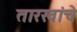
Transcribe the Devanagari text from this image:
तारखांचे